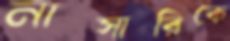
নাসারিকে